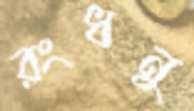
রংধনু